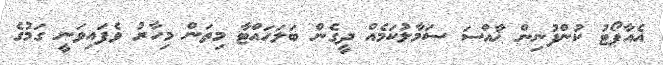
އެއާޕޯޓު ކުންފުނިން ޚާއްސަ ސަމާލުކަމެއް ދީގެން ބަލަހައްޓާ މިތަން މިހާރު ވެފައިވަނީ ގަމުގެ